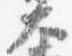
大